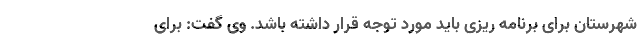
شهرستان برای برنامه ریزی باید مورد توجه قرار داشته باشد. وی گفت: برای